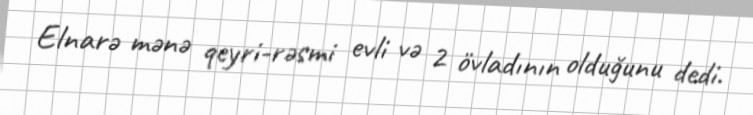
Elnarə mənə qeyri-rəsmi evli və 2 övladının olduğunu dedi.